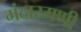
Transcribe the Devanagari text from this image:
मंदारमणी